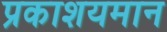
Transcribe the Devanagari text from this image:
प्रकाशयमान